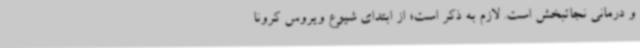
و درمانی نجاتبخش است. لازم به ذکر است؛ از ابتدای شیوع ویروس کرونا